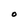
Character: O